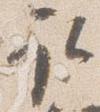
取